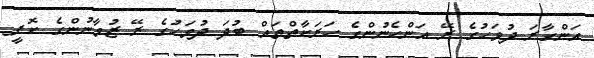
އަންގާރަ ދުވަހުގެ ރޭ އަންހެނުންގެ ހަރަކާތްތައް ބުދަ ދުވަހުގެ ރޭ ޒުވާނުންގެ ކޮފީ